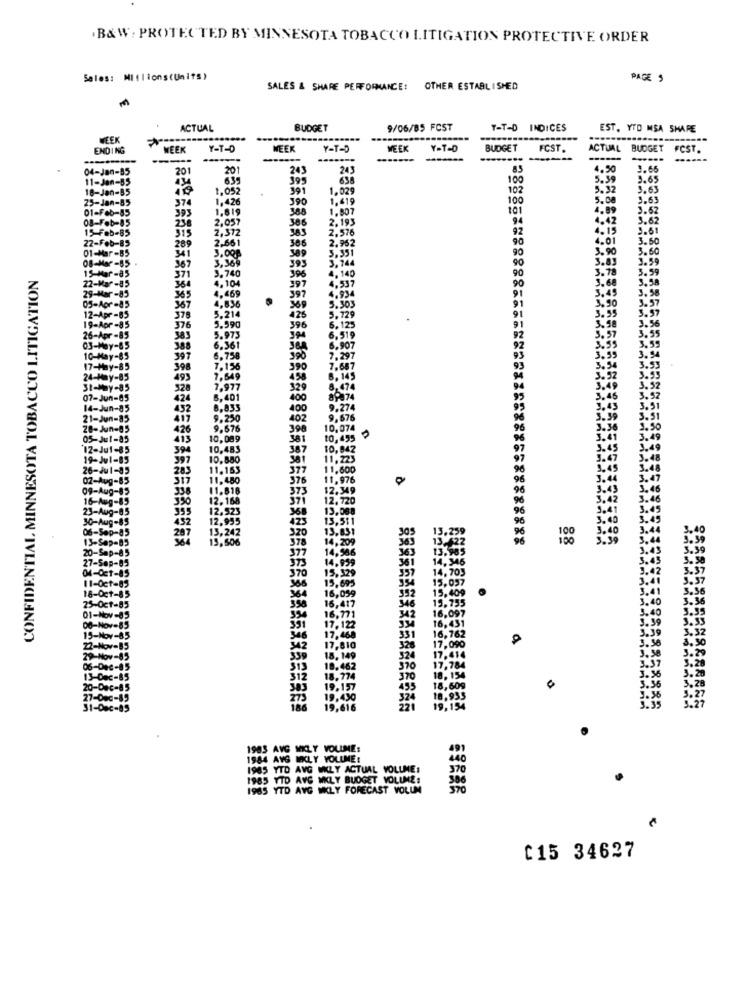
.B&W; PROTECTED BY MINNESOTA TOBACCO LITIGATION PROTECTIVE ORDER
Sales: MI:lions(Units)
PAGE S
SALES & SHARE PERFORMANCE:
OTHER ESTABLISHED
ACTUAL
BUDGET
9/06/85 FCST
D INDICES
EST. VID MSA SHARE
WEEK
.........
ENDING
WEEK
Y-T-D
WEEK
Y-T-
WEEK
Y-T-D
BUDGET
FCST.
ACTUAL
BUDGET
FCST.
04-Jan-85
201
201
243
24
4.50
3.66
11-Jan-55
434
635
395
100
5.59
3.65
18-Jan-85
1,052
391
1,029
102
5.32
3.63
25-Jan-85
37
1,426
390
1.419
100
5.08
3.63
01-Feb-85
393
1.619
388
1.807
101
4.89
3.62
08-Feb-85
2,057
386
2,193
94
4.42
3.62
15-Feb-85
315
238
2,312
2,576
92
4.15
3.61
22-Feb-85
2.661
386
2.962
90
4.01
3.50
01-Mar-B5
289
389
90
3.90
3.60
08-Mar-85
367
3.351
3,744
3.83
3.59
CONFIDENTIAL MINNESOTA TOBACCO LITIGATION
15-Mar-85
3,369
3.740
90
90
3.78
3.59
371
396
4,537
4,140
90
3.68
3.58
+-85
4,104
397
3.58
05-AG
.- 85
365
4,469
397
01
3.49
3.57
4,836
369
3.95
3.90
pr-85
5.214
425
5.729
6,125
-Apr -8 5
376
5.590
396
6.516
-- 85
5.973
6.361
6.907
397
6,758
7.647
7.29
39
7.156
390
7,649
8,145
528
7,977
329
8,401
400
89874
8,835
400
9.27
9.250
402
.676
9.676
398
10,074
10.089
381
10,495
10,483
387
0,84
10.880
11.223
377
11.600
1.480
376
11,97
.81
373
12.549
12.168
371
12.720
13.068
12,955
423
13,511
13,242
13.851
13.259
13,506
378
14,209
13.
377
14,586
363
13.985
14.999
361
14.346
15,329
337
14,703
370
15,037
15,695
16,059
15,409
16,417
13.735
16,771
16,09
354
16.431
35
.122
16,762
17,00
18, 149
339
320
17.41
17.784
3.28
10.462
370
3.26
312
18.774
370
10, 15
305
493
18,609
275
19,430
324
18,933
186
19,616
19,154
3.35
1983 AVG MILY VOUINE:
1984 AVG MEKLY VOLUME:
1965 YTD AVG UNLY ACTUAL VOLUME:
370
1985 VID AVG WKLY BUDGET VOLUME!
300
1965 YTD AVG WKLY FORECAST VOLUM
370
C15 34627